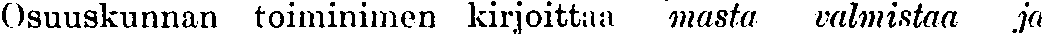
Osuuskunnan toiminimen kirjoittaa masta valmistaa ja